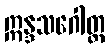
ဣန္ဒသဂေါတ္တ